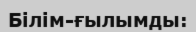
Білім-ғылымды: